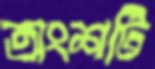
অংশটি